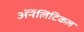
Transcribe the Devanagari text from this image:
ॲनॅलिटिकल